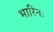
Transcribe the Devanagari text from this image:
भारिनः